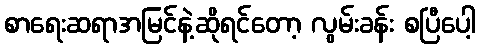
စာရေးဆရာအမြင်နဲ့ဆိုရင်တော့ လွမ်းခန်း စပြီပေါ့